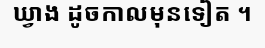
ឃ្វាង ដូចកាលមុនទៀត ។